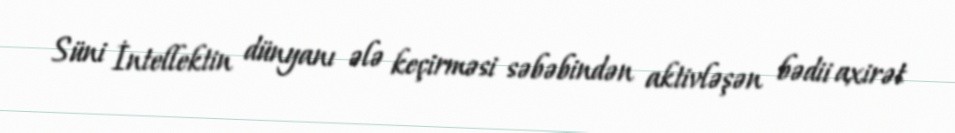
Süni İntellektin dünyanı ələ keçirməsi səbəbindən aktivləşən bədii axirət